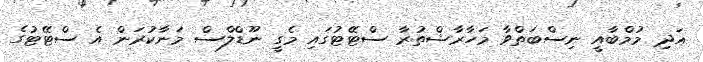
އަދި މުމްބާއީ ނިސްބަތްވާ މަހާރާޝްތުރާ ސްޓޭޓުގައި މެގީ ނޫޑްލްސް މަނާކުރަން އެ ސްޓޭޓުގެ